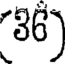
36)